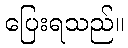
ပြေးရသည်။